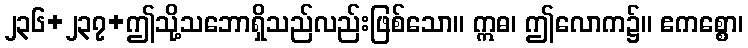
၂၃၆+၂၃၇+ဤသို့သဘောရှိသည်လည်းဖြစ်သော။ ဣဓ၊ ဤလောက၌။ ဧကစ္စော၊